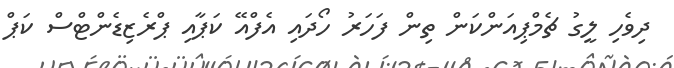
ދިވެހި ލީގު ޗެމްޕިއަންކަން ތިން ފަހަރު ހޯދައި އެފްއޭ ކަޕާއި ޕްރެޒިޑެންޓްސް ކަޕް